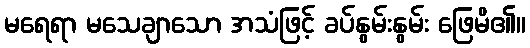
မရေရာ မသေချာသော အသံဖြင့် ခပ်နွမ်းနွမ်း ဖြေမိ၏။